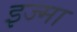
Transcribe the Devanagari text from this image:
इज्मा